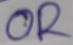
Text: OR